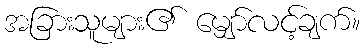
အခြားသူများ၏ မျှော်လင့်ချက်။